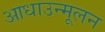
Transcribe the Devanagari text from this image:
आधाउन्मूलन